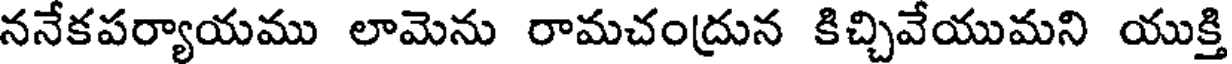
ననేకపర్యాయము లామెను రామచంద్రున కిచ్చివేయుమని యుక్తి